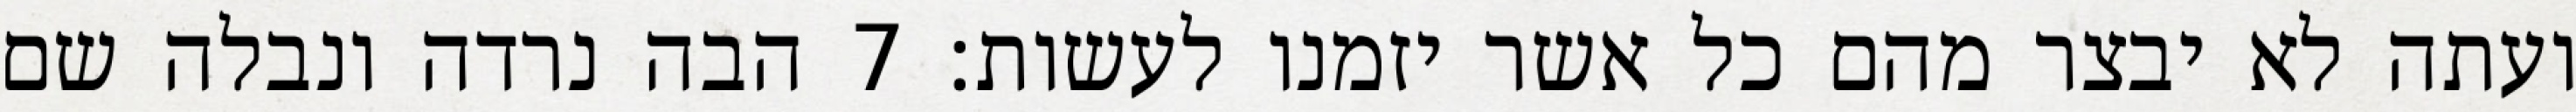
ועתה לא יבצר מהם כל אשר יזמנו לעשות׃ ‎7‏ הבה נרדה ונבלה שם